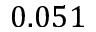
0 . 0 5 1